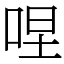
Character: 㖏